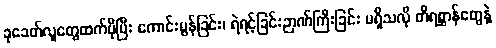
ခုခေတ်လူတွေထက်ပိုပြီး ကောင်းမွန်ခြင်း၊ ရဲရင့်ခြင်းဉာဏ်ကြီးခြင်း မရှိသလို တိရစ္ဆာန်တွေနဲ့